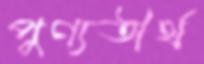
পুণ্যতীর্থ